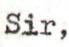
Sir,